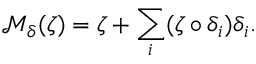
{ \mathcal M } _ { \delta } ( \zeta ) = \zeta + \sum _ { i } ( \zeta \circ \delta _ { i } ) \delta _ { i } .